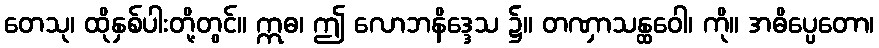
တေသု၊ ထိုနှစ်ပါးတို့တွင်။ ဣဓ၊ ဤ လောဘနိဒ္ဒေသ ၌။ တဏှာသန္ထဝေါ၊ ကို။ အဓိပ္ပေတော၊